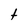
Character: t